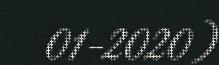
01-2020)